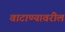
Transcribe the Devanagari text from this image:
वाटाण्यावरील